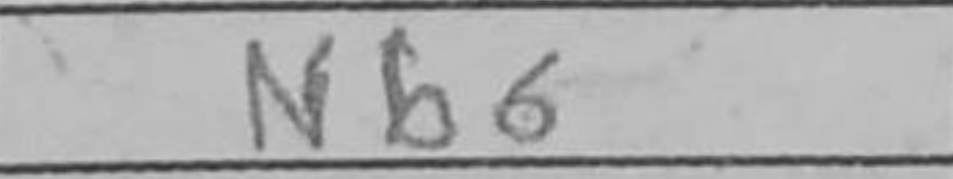
Transcription: Nb6